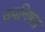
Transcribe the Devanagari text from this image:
उपनिषत